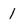
Character: 1